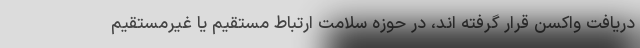
دریافت واکسن قرار گرفته اند، در حوزه سلامت ارتباط مستقیم یا غیرمستقیم